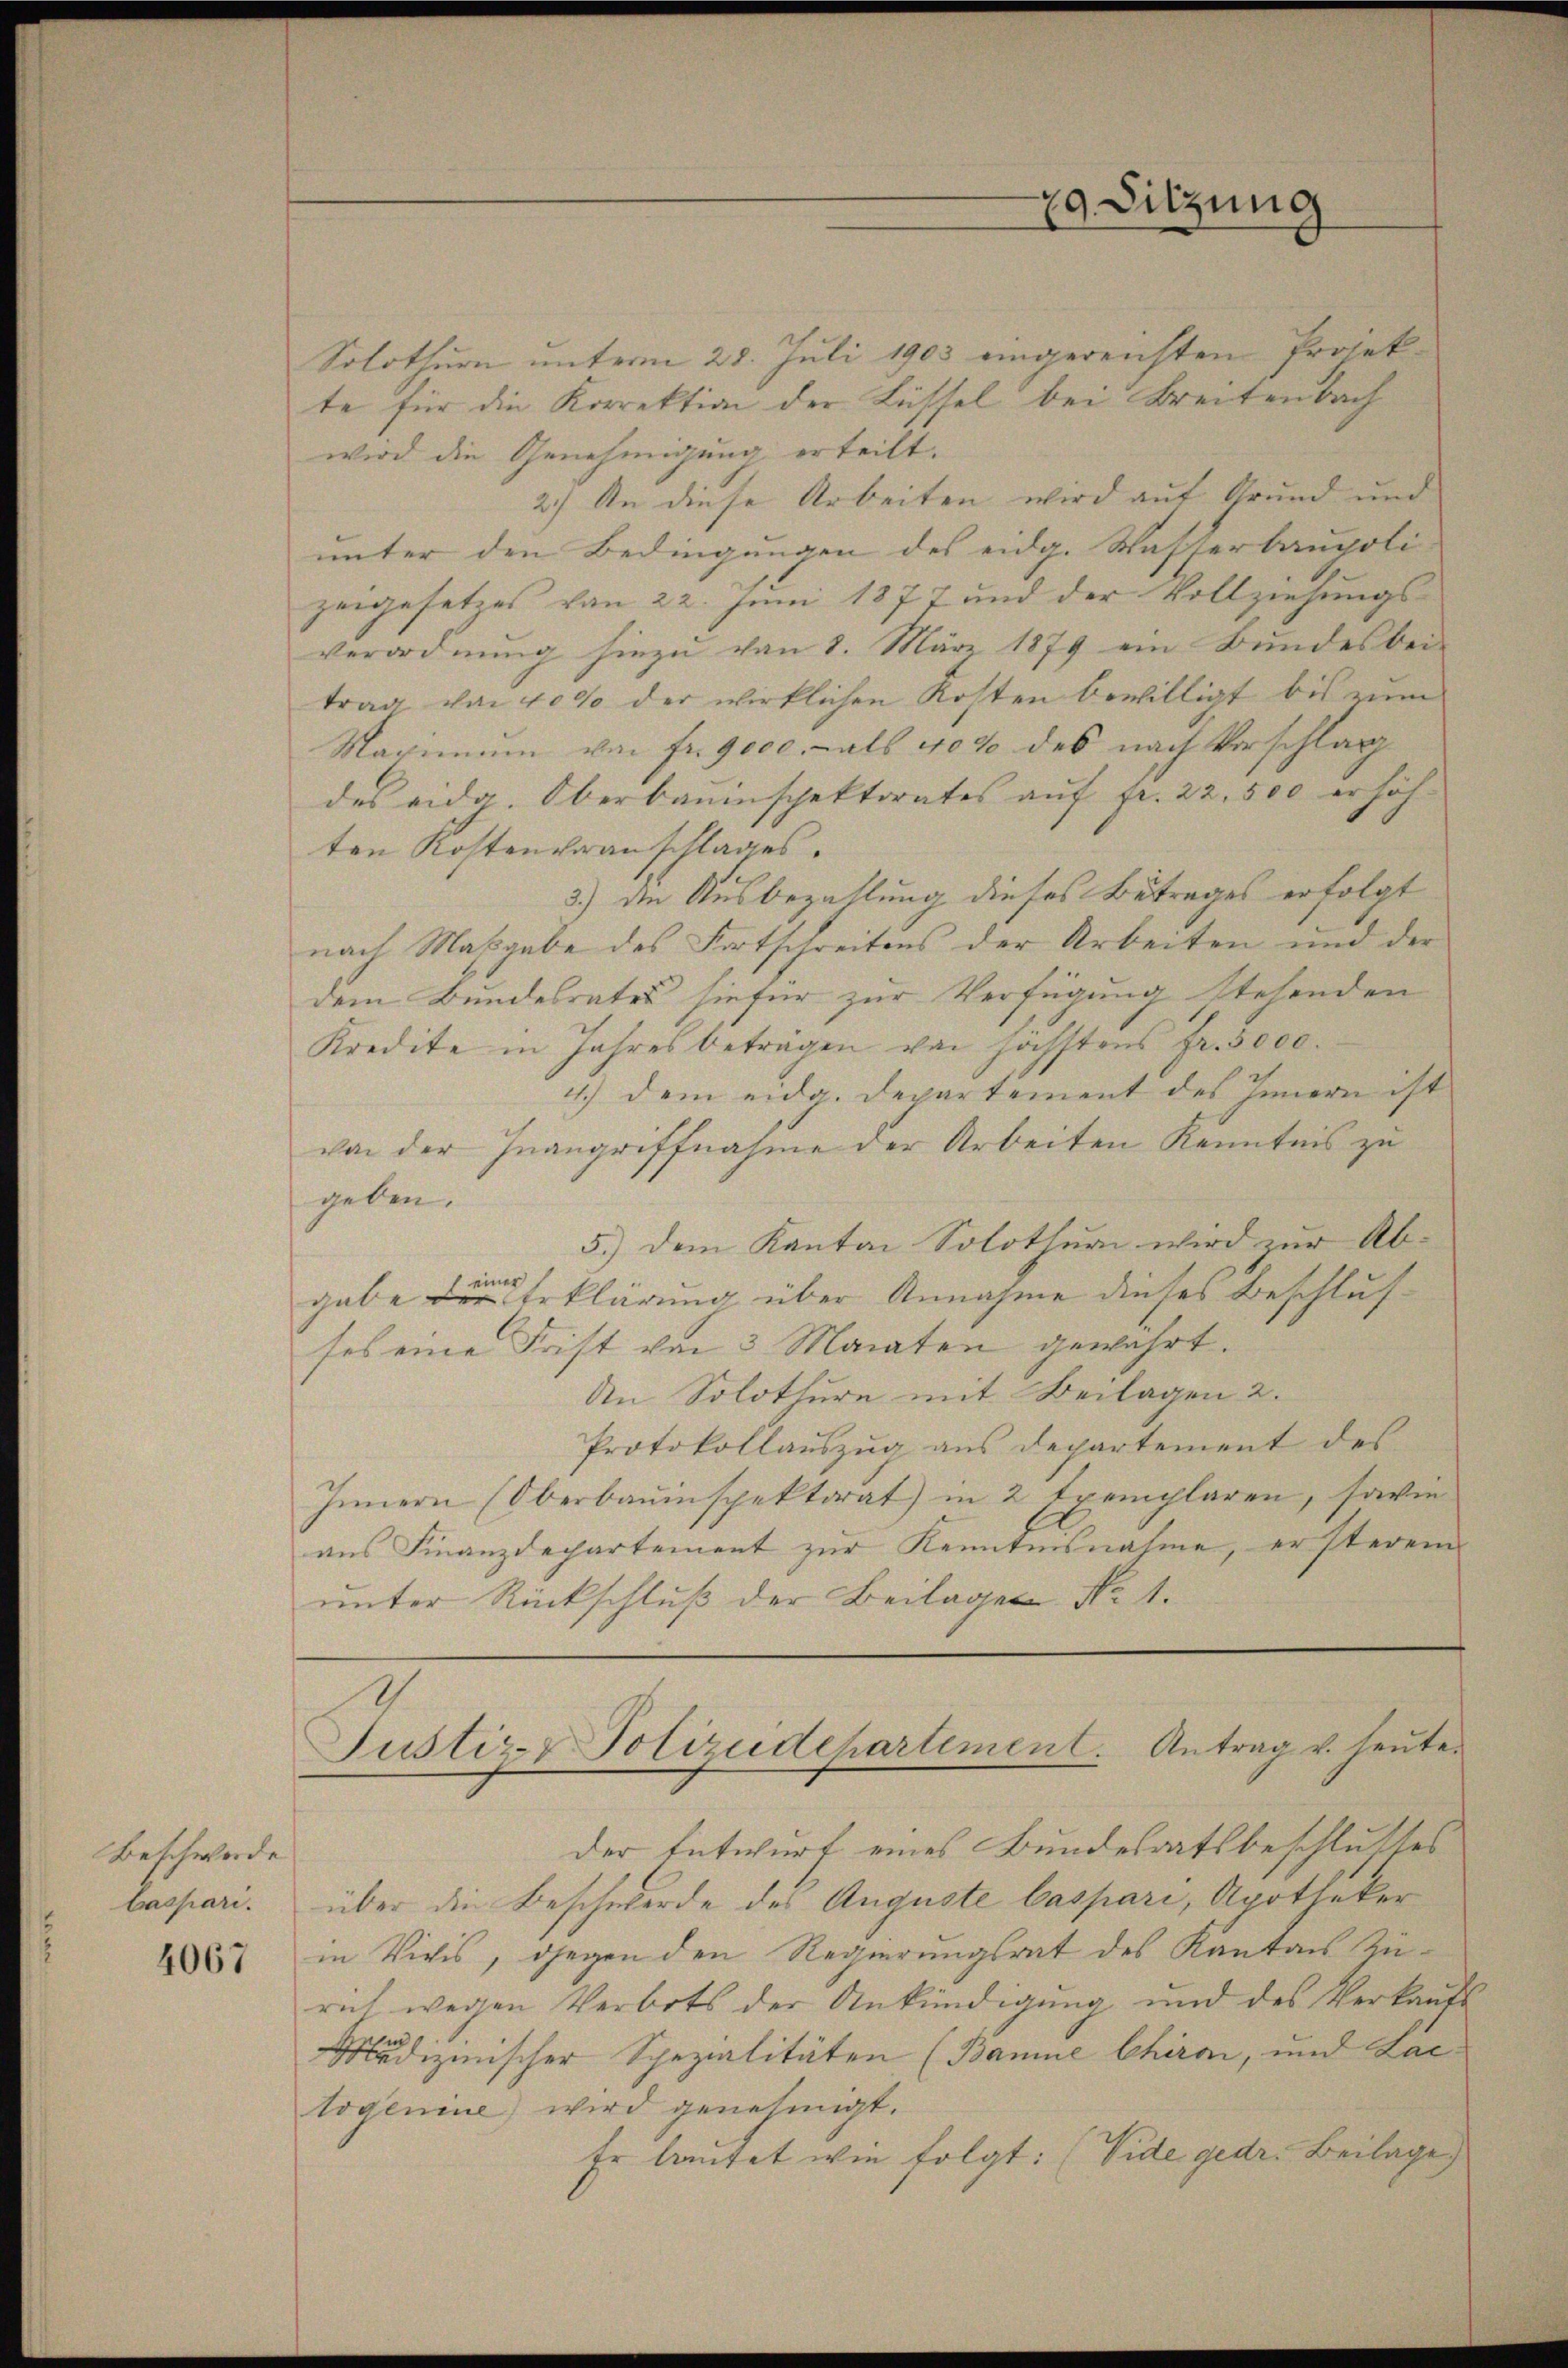
Beschwerde
baspari.

4067

Solothurn unterm 28. Juli 1903 eingereichten Projek-
te für die Korrektion der Lüssel bei Breitenbach
wird die Genehmigung erteilt.
2.) An diese Arbeiten wird auf Grund und
unter den Bedingungen des eidg. Wasserbaupoli-
zeigesetzes von 22. Juni 1877 und der Vollziehungs-
verordnŭng hiezŭ von 8. März 1879 ein Bŭndesbei-
trag von 4000 der wirklichen Kosten bewilligt bis zum
Maximum von fr. 9000. als 4000 des nach Vorschlag
des eidg. Oberbauinspektorates auf fr. 22, 500 erhöhten Kostenveranschlages.
3.) Die Ausbezahlung dieses Betrages erfolgt
nach Maßgabe des Fortschreitens der Arbeiten und der
dem Bundesrates hiefür zur Verfügung stehenden
Kredite in Jahres beträgen von höchstens Fr. 5000.
4.) Dem eida. Departement des Innern ist
von der Inangriffnahme der Arbeiten Kenntnis zu
geben.
5.) Dem Kanton Solothurn wird zur Abier
gabe der Erklärung über Annahme dieses Beschlus
ses eine Frist von 3 Monaten gewahrt.
An Solothurn mit Beilagen 2.
Protokollauszug aus Departement des
Innern (Oberbauinspektorat in 2 Exemplaren, sowie
aus Finanzdepartement zur Kenntnisnahme, ersterem
unter Rückschluß der Beilagen No 1.

29. Sitzung

Justiz & Polizudehartement. Antrag v. heute.

der Entwurf eines Bundesratsbeschlusses
über die Beschwerde des Auguste baspari, Apotheker
in Vivis, gegen den Regierungsrat des Kantons Zürich wegen Verbots der Ankündigung und des Verkauft
Medizinischer Spezialitäten (Bamne Chiren, und Lac
togenie wird genehmigt.
Er lautet wie folgt: (Vide gedr. Beilage)